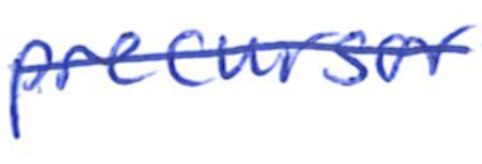
Text: precursor
Cross-out: single-line
Writing tool: ballpoint